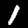
Label: 1